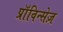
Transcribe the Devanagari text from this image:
प्राॅविन्सेज़